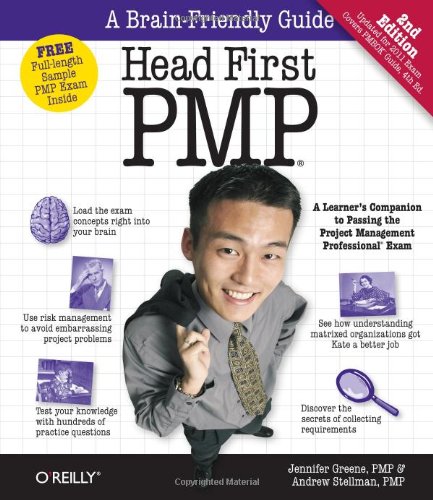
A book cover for Head First PMP: A Brain-Friendly Guide to Passing the Project Management Professional Exam; Jennifer Greene; Test Preparation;